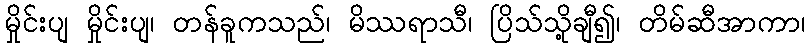
မှိုင်းပျ မှိုင်းပျ၊ တန်ခူကသည်၊ မိဿရာသီ၊ ပြိသ်သို့ချီ၍၊ တိမ်ဆီအာကာ၊